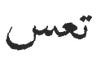
تعس